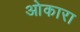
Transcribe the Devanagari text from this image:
ओकारा